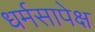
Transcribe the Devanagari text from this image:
धर्मसापेक्ष